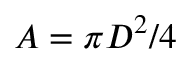
A = \pi D ^ { 2 } / 4